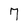
Character: 7